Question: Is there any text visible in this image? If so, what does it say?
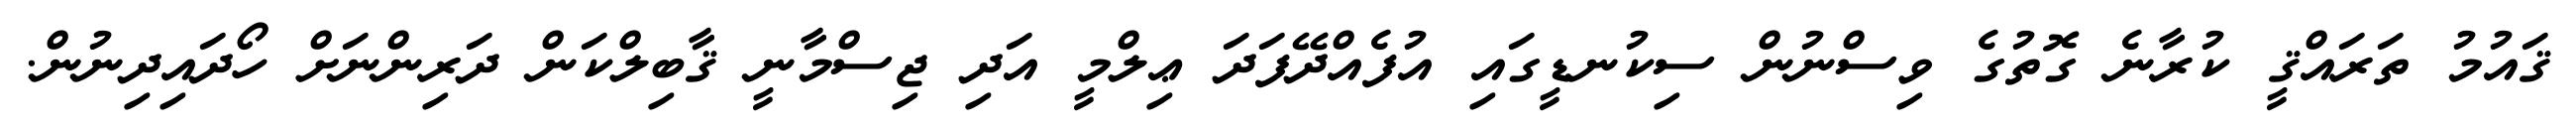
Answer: ޤައުމު ތަރައްޤީ ކުރާނެ ގޮތުގެ ވިސްނުން ސިކުނޑީގައި އުފެއްދޭފަދަ ޢިލްމީ އަދި ޖިސްމާނީ ޤާބިލްކަން ދަރިންނަށް ހޯދައިދިނުން.